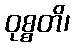
ဝုစ္စတိ၊